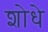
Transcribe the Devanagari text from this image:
शोधे